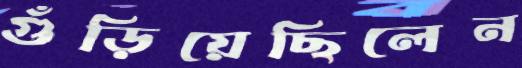
গুঁড়িয়েছিলেন